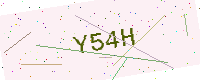
Text: Y54H